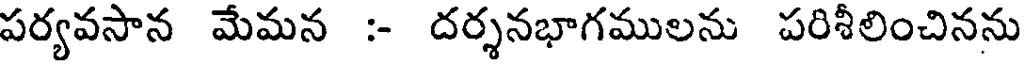
పర్యవసాన మేమన :- దర్శనభాగములను పరిశీలించినను